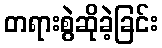
တရားစွဲဆိုခဲ့ခြင်း